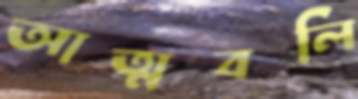
আত্মবলি